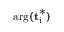
\mathrm { { a r g } ( \mathbf { t } _ { i } ^ { * } ) }